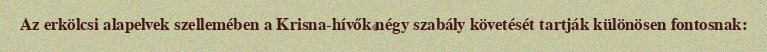
Az erkölcsi alapelvek szellemében a Krisna-hívők négy szabály követését tartják különösen fontosnak: